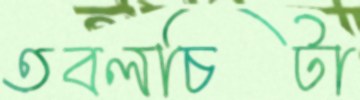
তবলচিটা